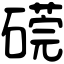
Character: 𥕜